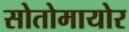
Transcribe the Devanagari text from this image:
सोतोमायोर